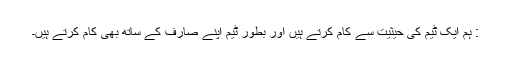
: ہم ایک ٹیم کی حیثیت سے کام کرتے ہیں اور بطور ٹیم اپنے صارف کے ساتھ بھی کام کرتے ہیں۔